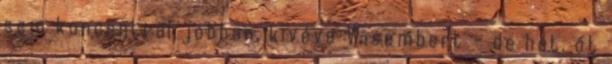
sem koncentrál jobban, kivéve Vasembert – de hát, őt